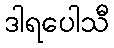
ဒါရပေါသီ